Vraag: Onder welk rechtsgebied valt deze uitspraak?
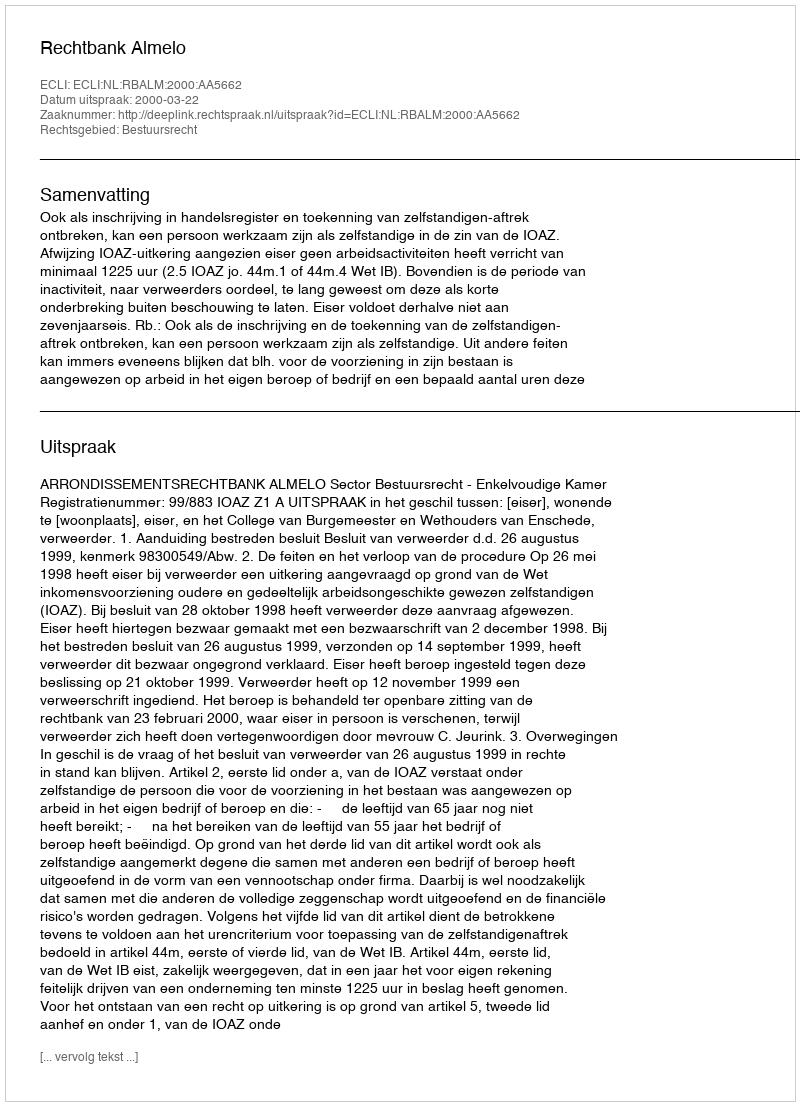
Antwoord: Bestuursrecht